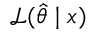
{ \mathcal { L } } ( { \hat { \theta } } \mid x )